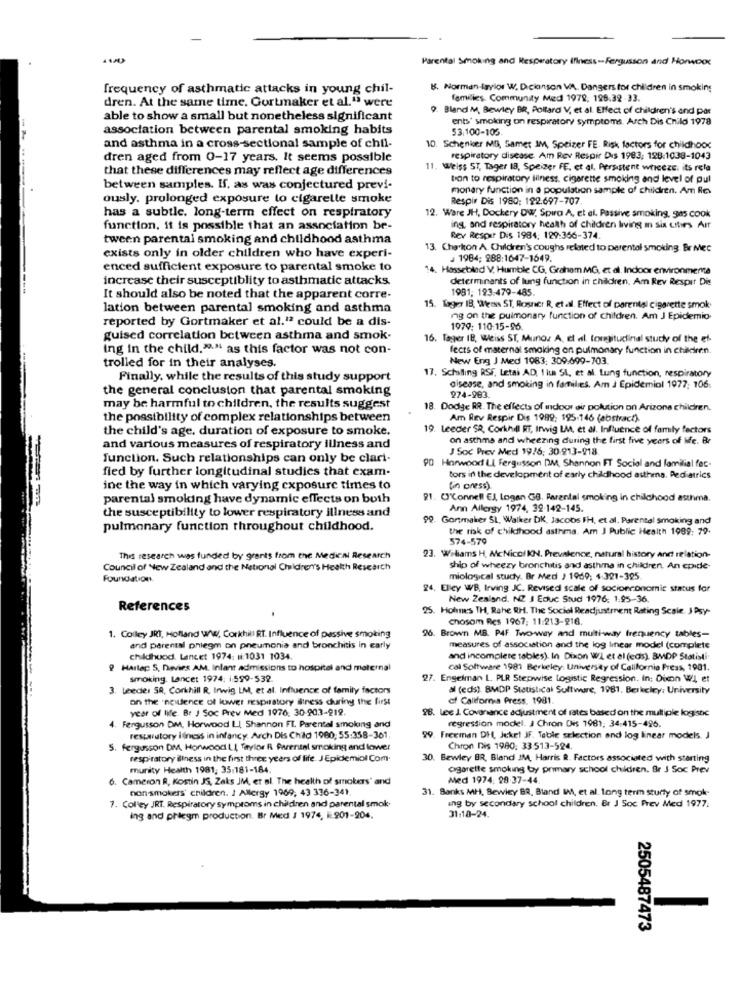
Parental Smoking and Respiratory Illness-Fergusson and Horwoox
frequency of asthmatic attacks in young chil-
5. Norman-taylor W. Dickinson WA, Dangers for children in smoking
dren. At the same time. Gortmaker et al." were
families. Commundy Med 1979, 196.32-33.
9. Bland M, Bewley BR, Pollard V, et al. Effect of children's and par
able to show a small but nonetheless significant
ents' smoking on respiratory symptoms. Arch Dis Child 1978
association between parental smoking habits
53.100-105.
and asthma in a cross-sectional sample of chil-
10. Schenker MD, Samet IM, Speizer FE. Risk factors for childhood
dren aged from 0-17 years. It seems possible
respiratory disease. Am Rev Respir Dis 1983; 198:1038-1043
that these differences may reflect age differences
11. Weiss ST, Tager 18, Speizer FE, et al. Persistent wheeze, its rela
bon to respiratory lilness, cigarette smoking and level of pul
between samples. If, as was conjectured previ-
monary function in a population sample of children. Am Res
ously. prolonged exposure to cigarette smoke
Respir Dis 1980: 192.697-707
has a subtle, long-term effect on respiratory
12. Ware JH, Dockery DW, Spira A. et al. Passive smoking, gas cook
------
function, it is possible that an association be-
ing, and respiratory health of children living in sin ustirs Air
tween parental smoking and childhood asthma
Rev Respir Dis 1984: 129:366-374
13. Charkon A. Children's coughs related to perental smoking. Br Mec
exists only in older children who have experi-
1984; 988:1647-1649.
enced sufficient exposure to parental smoke to
14. Hasseblad V. Humble CG, Graham MG, et al, Indoor environmenta
increase their susceptiblity to asthmatic attacks.
determinants of lung function in children. Am Rev Respir Dis
1981; 193:479-485.
It should also be noted that the apparent corre-
lation between parental smoking and asthma
15. Tager IB, Wers ST, Rossncr R, et al. Effect of parental cigarette smok
reported by Gortmaker et al.12 could be a dis-
ing on the pulmonary function of children. Am J Epidemio
1979: 110:15-96
guised correlation between asthma and smok.
16. Tagper IB. Weiss ST, Munoz A, et al. Longitudinal study of the ef-
ing in the child."-" as this factor was not con-
fects of maternal smoking on pulmonary function in children.
New Eng J Med 1983: 309.699-703
trolled for in their analyses.
Finally, while the results of this study support
17. Schilling RSF, Letai AD, 1 lus SL, et al. Lung function, respiratory
the general conclusion that parental smoking
disease, and smoking in families. Am J Epidemiol 1977; 106:
274-983.
may be harmful to children, the results suggest
18. Dodge RR. The effects of indoor air pollution on Arizona children.
the possibility of complex relationships between
Am Rev Respir Dis 1999; 195:146 (abstract).
the child's age. duration of exposure to smoke.
19. Leeder SR, Corkhill RT, Inwig LM, et al. Influence of family factors
on asthme and wheezing during the first five years of Me. Br
and various measures of respiratory illness and
J Soc Prev Med 19/6: 30-913-918.
function. Such relationships can only be clari-
PO Harwood LL Fergusson DM, Shannon FT Social and familial fac.
fied by further longitudinal studies that exam-
tors in the development of early childhood asthma. Pediatrics
ine the way in which varying exposure times to
(in oness).
parental smoking have dynamic effects on both
91. O'Connell EJ, Logan GB. Parental smoking in childhood asthma.
the susceptibility to lower respiratory illness and
Ann Allergy 1974, 39-142-145.
99. Gortmaker SL, Walker DK, Jacobs FH, et al. Parental smoking and
pulmonary function throughout childhood.
the risk of childhood asthma. Am J Public Health 1989: 79.
574-579
This research was funded by grants from the Medical Research
23. Wiliams H. McNicol KN. Prevalence, natural history and relation-
Council of New Zealand and the National Children's Health Research
ship of wheezy bronchitis and asthma in children. An epide-
miological study. Br Med J 1969; 1:321-395
24. Elley WB, Irving JC. Revised scale of socioeconomic status for
New Zealand. NZ J Educ Stud 1976: 1.95-36.
References
.
25. Holmes TH, Rahe RH. The Social Readjustment Rating Scale J Psy
chosom Res 1967: 11:213-916.
26. Brown MB. PAF Two-way and multi-way frequency tables-
1. Colley JRT, Hofland WWW, Corkhill RT. Influence of passive smoking
and parental phlegm on pneumonia and bronchitis in carly
measures of association and the log linear model (complete
Childhood. Lancet 1974: #:1031 1034.
and incomplete tables). In Dixon WL et al (eds). BMDP Statisti
9 HArlac S. Davies AM. Infant admissions to hospital and maternal
cal Software 1981 Berkeley University of California Press, 1901.
smoking. Lancet 1974: 1599-532.
27. Engelman L. PLR Stepwise Logistic Regression. In: Dixon WI et
. Leeder SA, Corkchill R, Inwig LM, et al. Influence of family factors
al (eds) BMDP Statistical Software, 1981, Berkeley: University
on the 'ne lence of lower respiratory fitness during the first
of California Press. 1981.
year of life. Br J Soc Prev Med 1976, 30 903-219.
28. Lee J. Covanance adjustment of rates based on the multiple logistic
Fergusson DM, Horwood LI, Shannon FT. Parental smoking and
regression model. J Chron Dis 1981; 34:415-496.
respautory itness in infancy. Arch Dis Child 1980; 55:358-361
99. Freeman DH, Jeket JF. Table selection and log linear models. J
S. fergusson DM, Horwood LI Taylor R Parental smoking and lower
Chron Dis 1980: 33513-594.
respiratory illness in the first three years of life. JEpidemiol Com.
30. Bewley BR, Bland IM, Harris R. Factors associated with starting
murity Health 1981, 35:181-184.
cigarette smoking by primary school children. Br J Soc Prev
6. Cameron R, Kostin JS, Zaks JM, et al. The health of smokers' and
Med 1974: 29 37-44.
non-smokers' children. I Allergy 1969, 43 336-341.
31. Banks MH, Bewicy 83, Bland WA, et al. Long term sturty of smok-
7. Colley JRT. Respiratory symptoms in children and parental smok
ang by secondary school children. Br J Soc Prev Med 1977:
ing and phlegm production. Br Med J 1974, 901-204.
31:18-24.
2505487473